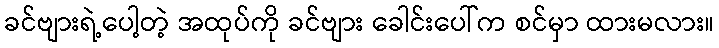
ခင်ဗျားရဲ့ပေါ့တဲ့ အထုပ်ကို ခင်ဗျား ခေါင်းပေါ်က စင်မှာ ထားမလား။